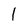
Character: 1